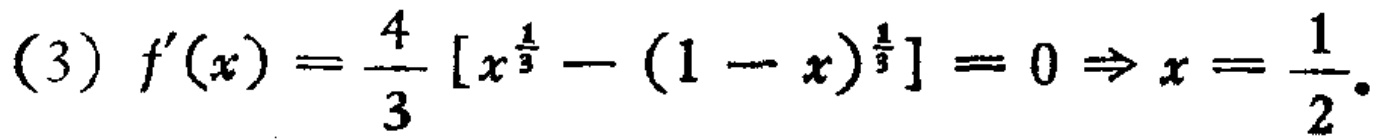
(3) \(f^{\prime}(x)=\frac{4}{3}\left[x^{\frac{1}{3}}-(1 - x)^{\frac{1}{3}}\right]=0\Rightarrow x=\frac{1}{2}\).